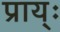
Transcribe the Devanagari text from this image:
प्राय्ः